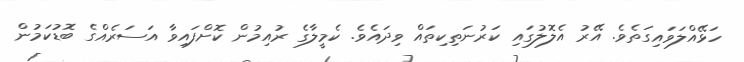
ހަޅޭއްލަވައިގަތެވެ. އޭރު އެލޮލުގައި ކަރުނަތިކިތައް ވިދައެވެ. ކެމީލާގެ ރުއިމުން ކޮށްފައިވާ އަސަރެއްގެ ބޮޑުކަމުން